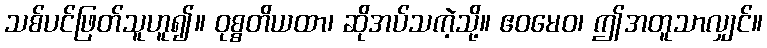
သစ်ပင်ဖြတ်သူဟူ၍။ ဝုစ္စတိယထာ၊ ဆိုအပ်သကဲ့သို့။ ဧဝမေဝ၊ ဤအတူသာလျှင်။